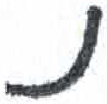
אות: נ